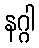
နဂ္ဂါ